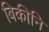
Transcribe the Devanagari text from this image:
बिकीनि